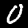
Label: 0